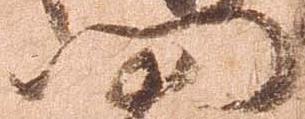
門